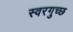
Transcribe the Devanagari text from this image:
स्वरगुच्छ